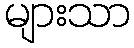
များသာ